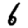
Digit: 6